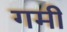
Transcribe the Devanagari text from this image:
गमी